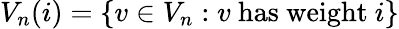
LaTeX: V_{n}(i)=\{ v\in V_{n}:v{\mathrm{~has~weight~}}i\}